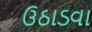
ઉઠાડવા